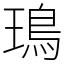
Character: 鳿